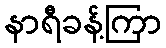
နာရီခန့်ကြာ